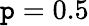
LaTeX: \mathtt{p}=0.5